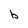
Character: b